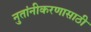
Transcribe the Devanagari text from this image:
नुतांनीकरणासाठी